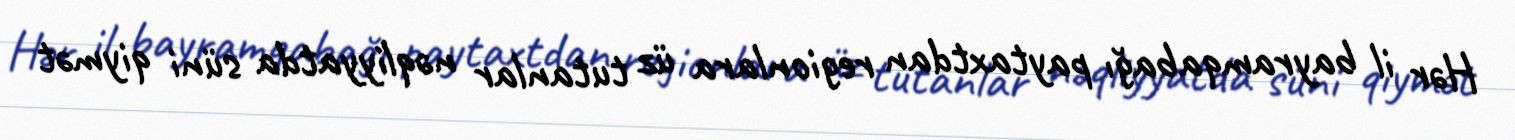
Hər il bayramqabağı paytaxtdan regionlara üz tutanlar nəqliyyatda süni qiymət